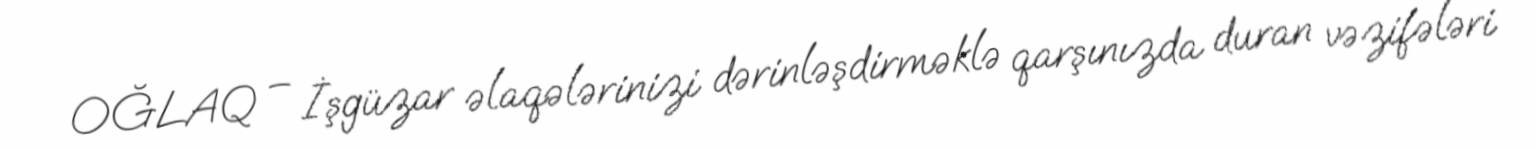
OĞLAQ – İşgüzar əlaqələrinizi dərinləşdirməklə qarşınızda duran vəzifələri